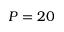
P = 2 0